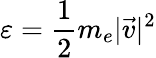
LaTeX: \varepsilon=\frac{1}{2}m_{e}|\vec{v}|^{2}